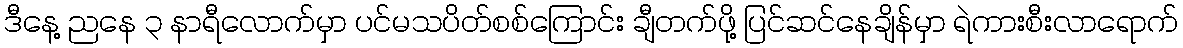
ဒီနေ့ ညနေ ၃ နာရီလောက်မှာ ပင်မသပိတ်စစ်ကြောင်း ချီတက်ဖို့ ပြင်ဆင်နေချိန်မှာ ရဲကားစီးလာရောက်